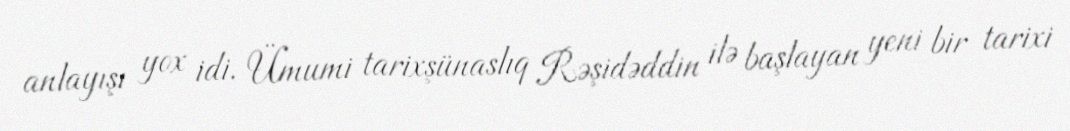
anlayışı yox idi. Ümumi tarixşünaslıq Rəşidəddin ilə başlayan yeni bir tarixi